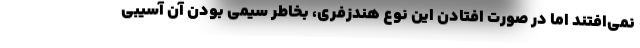
نمی‌افتند اما در صورت افتادن این نوع هندزفری، بخاطر سیمی بودن آن آسیبی